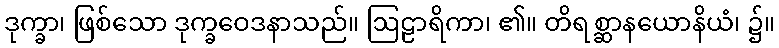
ဒုက္ခာ၊ ဖြစ်သော ဒုက္ခဝေဒနာသည်။ ဩဠာရိကာ၊ ၏။ တိရစ္ဆာနယောနိယံ၊ ၌။